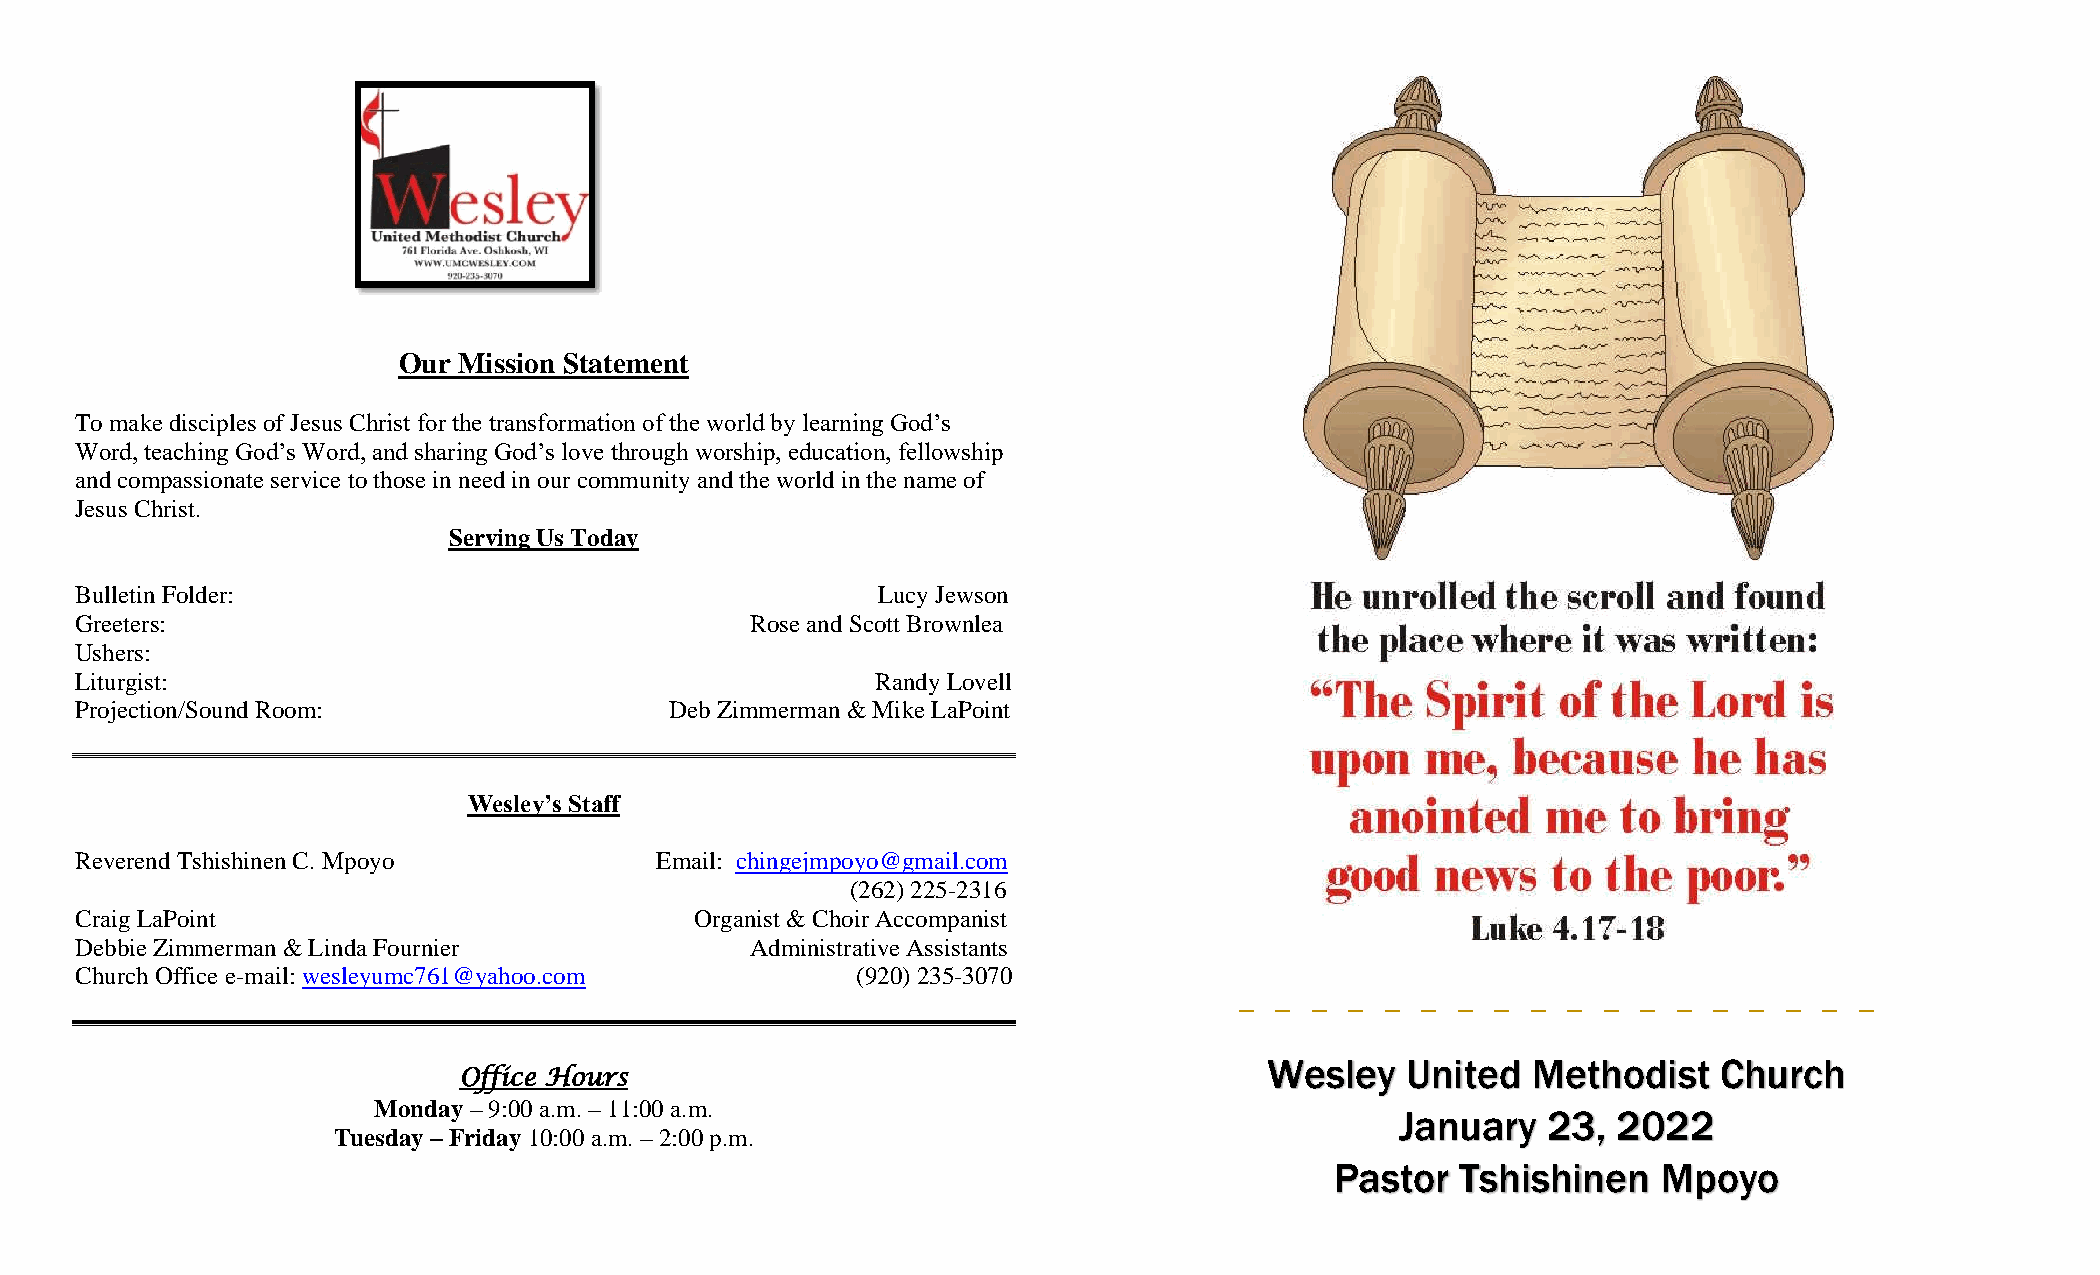
Our Mission Statement
 To make disciples of Jesus Christ for the transformation of the world by learning God’s
 Word, teaching God’s Word, and sharing God’s love through worship, education, fellowship
 and compassionate service to those in need in our community and the world in the name of
 Jesus Christ.
 Serving Us Today
 Bulletin Folder:                                     Lucy Jewson
 Greeters:                                    Rose and Scott Brownlea
 Ushers:
 Liturgist:                                           Randy Lovell
 Projection/Sound Room:                 Deb Zimmerman & Mike LaPoint
 Wesley’s Staff
 Reverend Tshishinen C. Mpoyo          Email: chingejmpoyo@gmail.com
 (262) 225-2316
 Craig LaPoint                            Organist & Choir Accompanist
 Debbie Zimmerman & Linda Fournier            Administrative Assistants
 Church Office e-mail: wesleyumc761@yahoo.com        (920) 235-3070
 _ _  _ _  _ _  _ _ _  _ _  _ _ _  _ _  _ _
 Wesley   United  Methodist    Church
 Office Hours
 Monday – 9:00 a.m. – 11:00 a.m.
 January  23,  2022
 Tuesday – Friday 10:00 a.m. – 2:00 p.m.
 Pastor   Tshishinen   Mpoyo